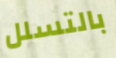
بالتسلل